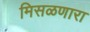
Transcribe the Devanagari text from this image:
मिसळणारा